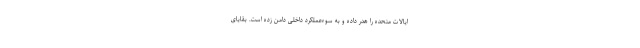
ایالات متحده را هدر داده و به سوءعملکرد داخلی دامن زده است. بقایای